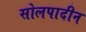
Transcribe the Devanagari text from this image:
सोलपादीन